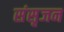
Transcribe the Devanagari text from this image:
संसृजन